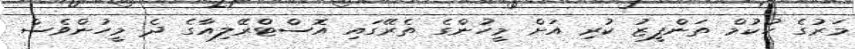
މަރުގެ ހުކުމް ތަންފީޒު ކުރި އަށް މީހުންގެ ތެރޭގައި އޮސްޓްރޭލިއާގެ ދެ މީހުންވެސް